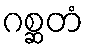
ဂစ္ဆတံ